Memorandum on the prevention of leprosy by segregation of the affected
Disease focus: Leprosy
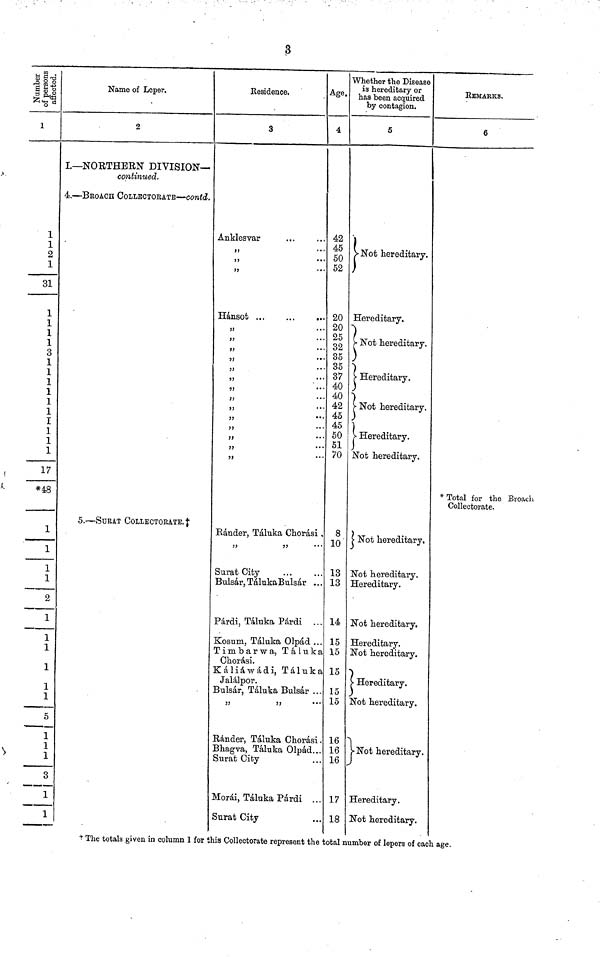
3
affected.
1
1
1
2
1
31
1
1
1
3
1
1
1
1
1
1
I
1
1
1
17
*48
1
1
1
1
2
1
1
1
1
1
1
5
1
1
1
3
1
1
Name or Leper.
2
I—NORTHERN DIVISION—
continued.
4. — BROACH COLLECTORATE — contd.
5. — SURAT COLLECTORATE.
Residence,
3
Anklesvar
"
" "
Hánsot ...
...
...
"
"
"
"
"
"
"
"
"
Ránder, Táluka Chorasi
"
Surat City
Bulsár, TalukaBulsar ..
Pdrdi, Táluka Párdi ..
Kosum, Táluka Olpád ..
Timbarwa, Táluka
Chorási.
Kaliawadi, Talnka
Jalálpor.
Bulsár, Táluka Bulsar . .
"
Ránder, Táluka Chorasi
Bhagva, Táluka Olpad..
Surat City
Morái, Táluka Párdi ..
Surat City
A
Age.
4
42
45
50
52
20
20
25
32
35
35
37
40
40
42
45
45
50
51
70
8
10
13
13
14
15
15
15
15
15
16
16
16
17
18
Whether the Disease
is hereditary or
has been acquired
by contagion.
5
Not hereditary.
Hereditary.
Not hereditary.
Hereditary,
7
Not hereditary.
Hereditary.
Not hereditary.
Not hereditary.
Not hereditary.
Hereditary.
Not hereditary.
Hereditary.
Not hereditary.
7
Hereditary.
Not hereditary.
Not hereditary.
Hereditary.
Not hereditary.
REMARKS,
6
* Total for the Broach
Collectorate.
The totals given in column 1 for this Collectorate represent the total number of lepers of each age.